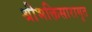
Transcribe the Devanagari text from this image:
श्रीभक्तिसारामृत